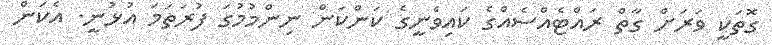
ގޮތަކީ ވަރަށް ގާތް ރައްޓެއްސެއްގެ ކައިވެނީގެ ކަންކަން ނިންމުމުގަ ފުރަތަމަ އުޅުނީ. އެކަން